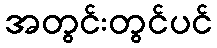
အတွင်းတွင်ပင်